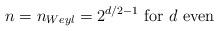
LaTeX: \begin{align*}n=n_{Weyl}=2^{d/2-1} \mbox{ for $d$ even}\end{align*}